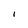
Character: I